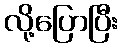
လို့ပြောပြီး